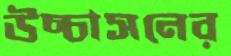
উচ্চাসনের